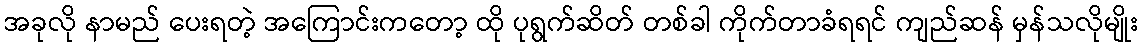
အခုလို နာမည် ပေးရတဲ့ အကြောင်းကတော့ ထို ပုရွက်ဆိတ် တစ်ခါ ကိုက်တာခံရရင် ကျည်ဆန် မှန်သလိုမျိုး